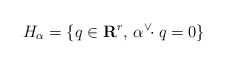
\begin{align*}H_{\alpha}=\{q\in\mathbf{R}^{r},\, \alpha^{\vee}\!\!\cdot q=0\}\end{align*}